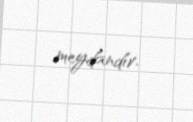
meydandır.